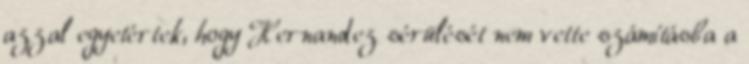
azzal egyetértek, hogy Hernandez sérülését nem vette számításba a